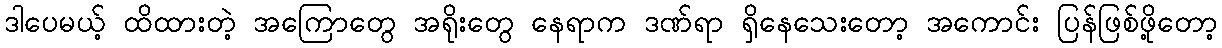
ဒါပေမယ့် ထိထားတဲ့ အကြောတွေ အရိုးတွေ နေရာက ဒဏ်ရာ ရှိနေသေးတော့ အကောင်း ပြန်ဖြစ်ဖို့တော့